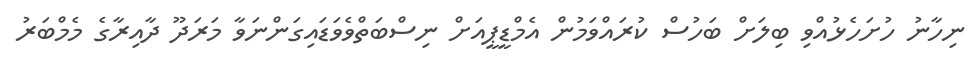
ނިހާނު ހުށަހެޅުއްވި ބިލަށް ބަހުސް ކުރައްވަމުން އެމްޑީޕީއަށް ނިސްބަތްވެވަޑައިގަންނަވާ މަރަދޫ ދާއިރާގެ މެމްބަރު